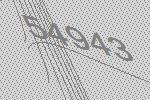
54943